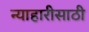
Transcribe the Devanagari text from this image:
न्याहारीसाठी